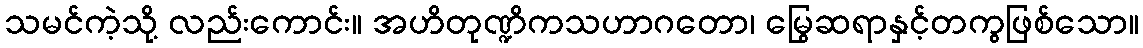
သမင်ကဲ့သို့ လည်းကောင်း။ အဟိတုဏ္ဍိကသဟာဂတော၊ မြွေဆရာနှင့်တကွဖြစ်သော။